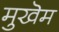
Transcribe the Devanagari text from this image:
मुखॆम